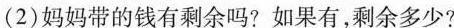
(2)妈妈带的钱有剩余吗?如果有，剩余多少?